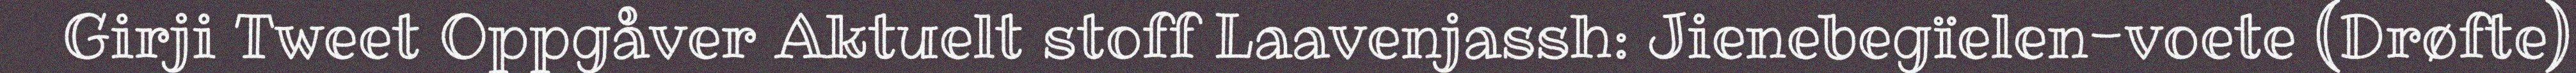
Girji Tweet Oppgåver Aktuelt stoff Laavenjassh: Jienebegïelen-voete (Drøfte)